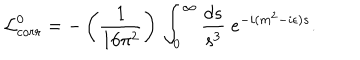
LaTeX: { \cal L } _ { c o r r } ^ { 0 } = - \left( { \frac { 1 } { 1 6 \pi ^ { 2 } } } \right) \, \int _ { 0 } ^ { \infty } { \frac { d s } { s ^ { 3 } } } \; e ^ { - i ( m ^ { 2 } - i \epsilon ) s } .